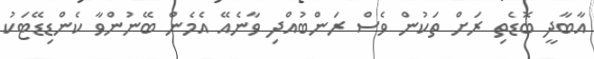
އާބާދީ ބޮޑެތި ރަށް ތަކުން ވެސް ރަންބުއްދި ވާނެއޭ އެމެން ބޭނުންވާ ކެންޑިޑޭޓަކު